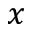
x